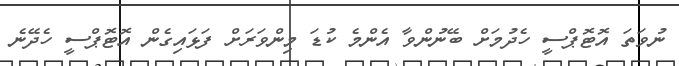
ނުވަތަ އޮޓޮޕްސީ ހެދުމަށް ބޭނުންވާ އެންމެ ކުޑަ މިންވަރަށް ފަޅައިގެން އޮޓޮޕްސީ ހެދޭނެ